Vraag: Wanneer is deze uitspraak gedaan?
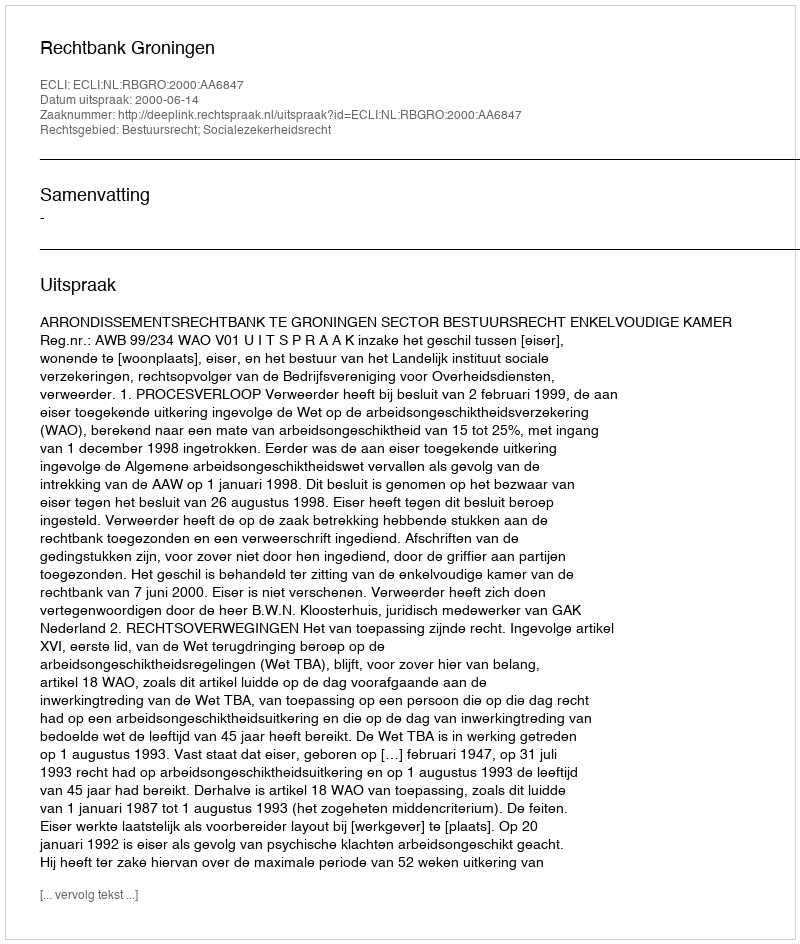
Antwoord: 2000-06-14